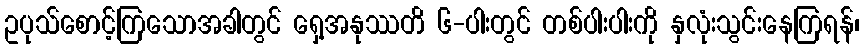
ဥပုသ်စောင့်ကြသောအခါတွင် ရှေ့အနုဿတိ ၆-ပါးတွင် တစ်ပါးပါးကို နှလုံးသွင်းနေကြရန်၊